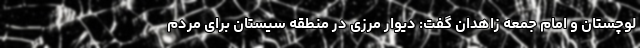
لوچستان و امام جمعه زاهدان گفت: دیوار مرزی در منطقه سیستان برای مردم